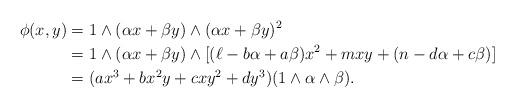
LaTeX: \begin{align*} \phi(x,y) &= 1 \wedge (\alpha x + \beta y) \wedge (\alpha x + \beta y)^2 \\ &= 1 \wedge (\alpha x + \beta y) \wedge [(\ell - b\alpha + a\beta)x^2 + mxy + (n - d\alpha + c\beta)] \\ &= (ax^3 + bx^2y + cxy^2 + dy^3)(1 \wedge \alpha \wedge \beta).\end{align*}